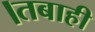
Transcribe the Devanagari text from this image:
।तबाही